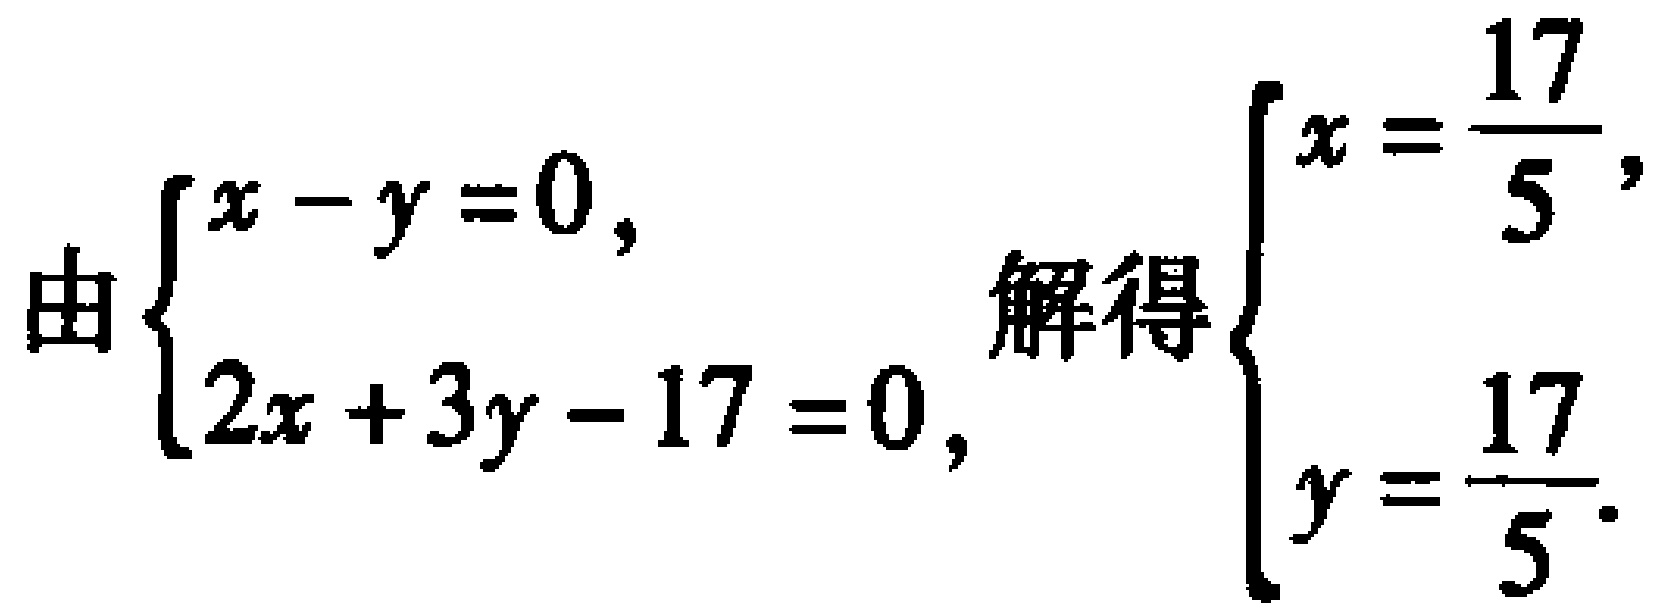
由\(\begin{cases}x - y = 0,\\2x + 3y - 17 = 0,\end{cases}\)解得\(\begin{cases}x = \dfrac{17}{5},\\y = \dfrac{17}{5}.\end{cases}\)